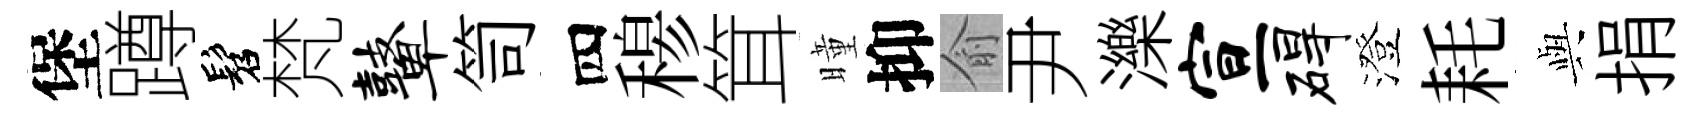
堡蹲髫梵鼙笥四𥠇䇯曈抑俞尹濼宣碍澄耗𫤰捐